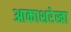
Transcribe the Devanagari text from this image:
आकाशरेखा